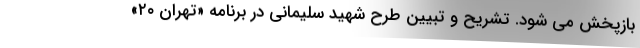
بازپخش می شود. تشریح و تبیین طرح شهید سلیمانی در برنامه «تهران ۲۰»